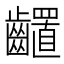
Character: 𪙳